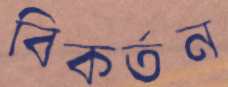
বিকর্তন